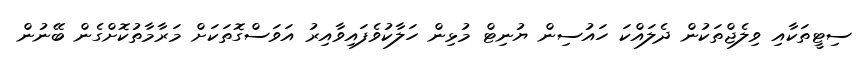
ސިޓީތަކާއި ވިލެޖްތަކުން ދެލައްކަ ހައުސިން ޔުނިޓް މުޅިން ހަލާކުވެފައިވާއިރު އަވަސްގޮތަކަށް މަރާމާތުކޮށްގެން ބޭނުން